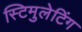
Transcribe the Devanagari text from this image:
स्टिमुलेटिंग